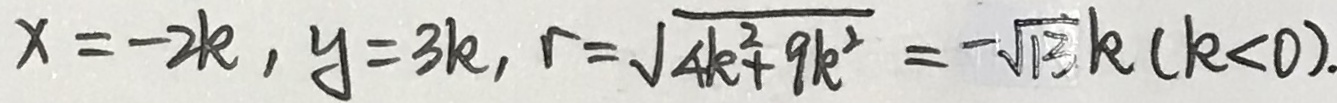
x = - 2 k , y = 3 k , r = \sqrt { 4 k ^ { 2 } + 9 k ^ { 2 } } = - \sqrt { 1 3 } k ( k < 0 ) .